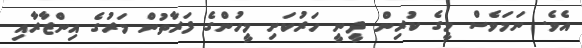
އެވެ. ނަމަވެސް މީގެ ކުރިން ދީނީ ހަރުކަށި މީހުންގެ ފަރާތުން މަރުގެ އިންޒާރާއި